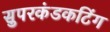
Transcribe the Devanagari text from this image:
सुपरकंडकटिंग